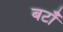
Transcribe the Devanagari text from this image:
बटाँ